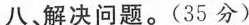
八、解决问题。(35分)